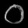
Digit: ၀